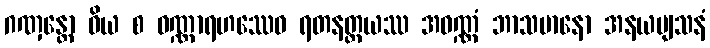
ဂဏှန္တော ဝိယ စ ဝဏ္ဏာရဟဿေဝ ရတနတ္တယဿ အဝဏ္ဏံ ဘာသမာနော အနယဗျသနံ